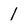
Character: 1